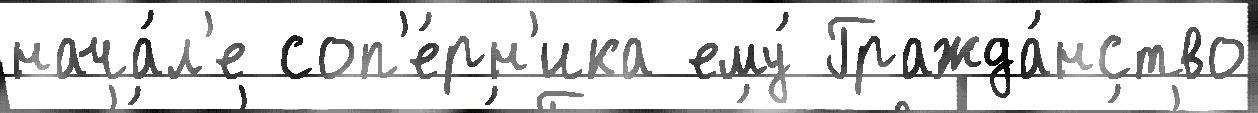
нача́л'е соп'е́рн'ика ему́ Гражда́нство